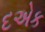
દએક